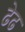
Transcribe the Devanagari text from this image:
ढेढ